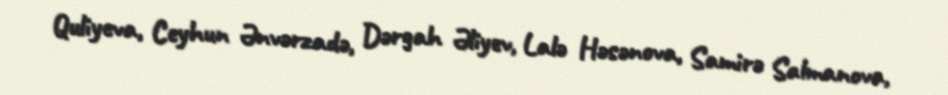
Quliyeva, Ceyhun Ənvərzadə, Dərgah Əliyev, Lalə Həsənova, Samirə Salmanova,